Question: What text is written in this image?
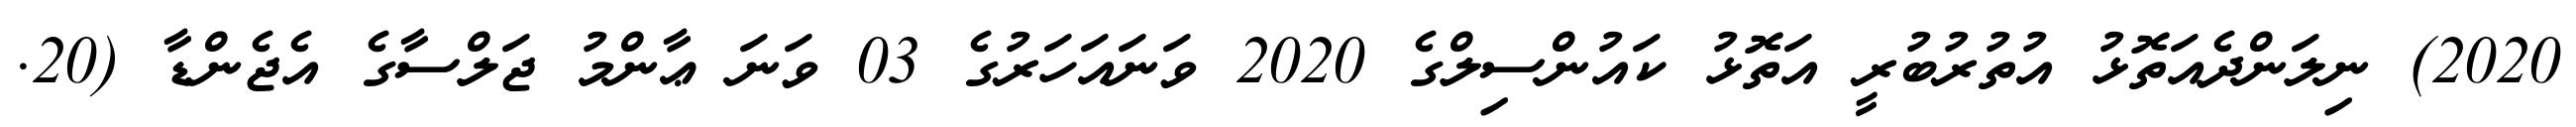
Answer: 2020) ނިލަންދެއަތޮޅު އުތުރުބުރީ އަތޮޅު ކައުންސިލްގެ 2020 ވަނައަހަރުގެ 03 ވަނަ ޢާންމު ޖަލްސާގެ އެޖެންޑާ (20.